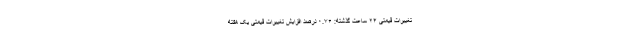
تغییرات قیمتی ۲۴ ساعت گذشته: ۰.۷۶ درصد افزایش تغییرات قیمتی یک هفته